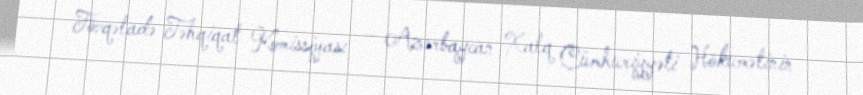
Fövqəladə Təhqiqat Komissiyası — Azərbaycan Xalq Cümhuriyyəti Hökumətinin